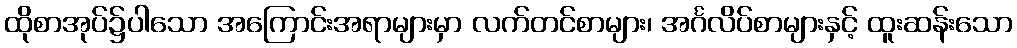
ထိုစာအုပ်၌ပါသော အကြောင်းအရာများမှာ လက်တင်စာများ၊ အင်္ဂလိပ်စာများနှင့် ထူးဆန်းသော